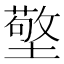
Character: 𱘄